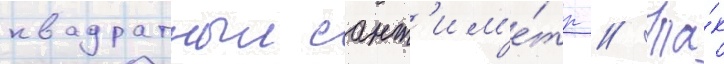
квадратныи сант'им'е́тр // Та́к